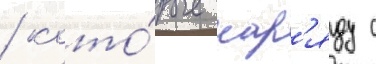
/ кото́рые нар'яду с